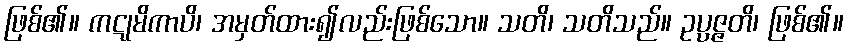
ဖြစ်၏။ ကဋုမိကာပိ၊ အမှတ်ထား၍လည်းဖြစ်သော။ သတိ၊ သတိသည်။ ဥပ္ပဇ္ဇတိ၊ ဖြစ်၏။